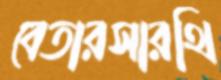
বেতারসারথি